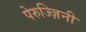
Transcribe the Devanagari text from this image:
पेरुज्ज़िनी